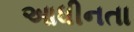
આધીનતા